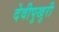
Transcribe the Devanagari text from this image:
देवीपुखुरी